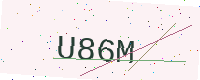
Text: U86M